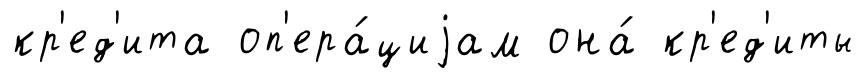
кр'ед'ита оп'ера́циjам она́ кр'ед'иты